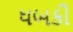
ધબકી